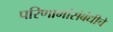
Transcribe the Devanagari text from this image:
परिणामांसंबंधीचे